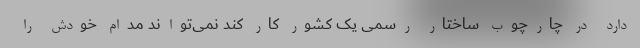
دارد در چارچوب ساختار رسمی یک کشور کار کند نمی‌تواند مدام خودش را